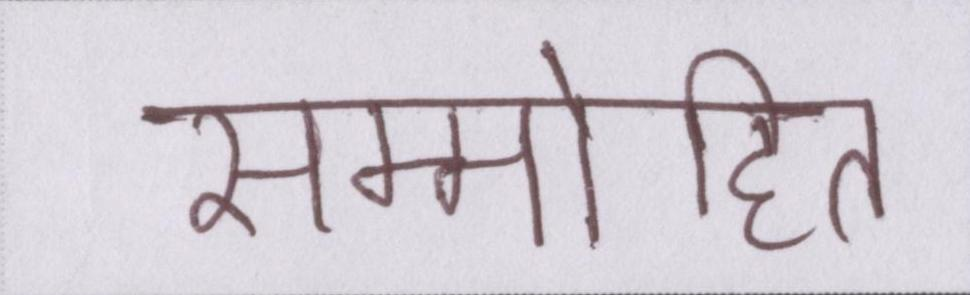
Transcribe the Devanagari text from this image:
सम्मोहित